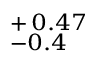
^ { + \, 0 . 4 7 } _ { - 0 . 4 }